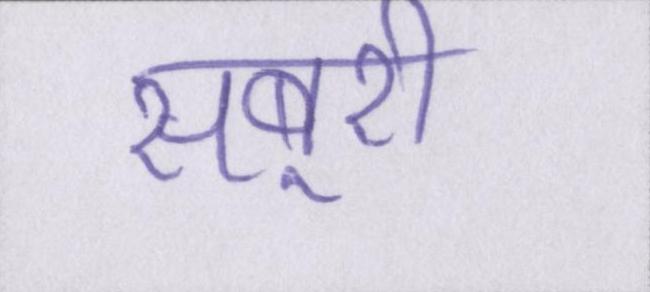
सबूरी